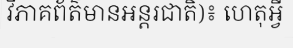
វិភាគព័ត៌មានអន្តរជាតិ)៖ ហេតុអ្វី